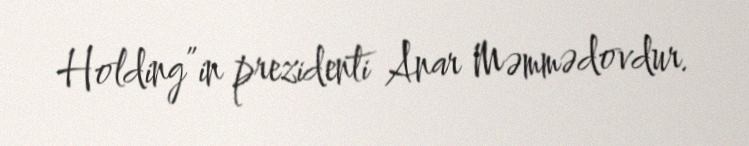
Holding”in prezidenti Anar Məmmədovdur.